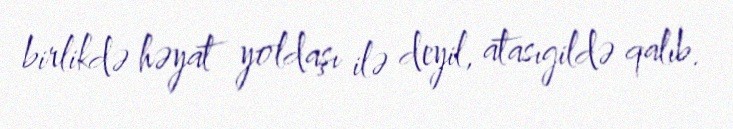
birlikdə həyat yoldaşı ilə deyil, atasıgildə qalıb.